Papers set at the Examination for Leaving Certificates, 1894
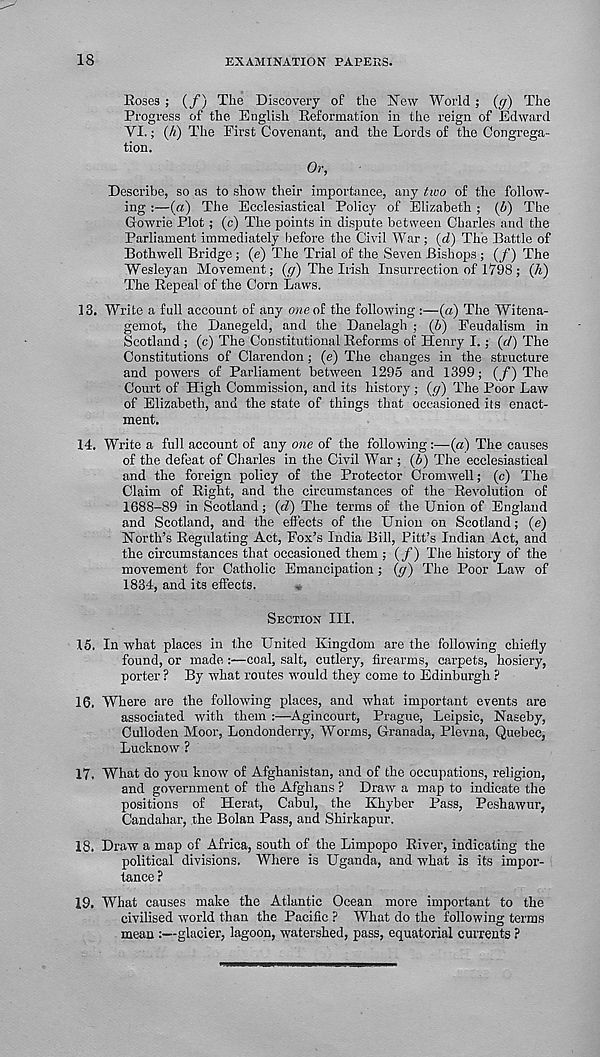
18
EXAMINATION PAPEES.
Eoses ; (/) The Discovery of the New World ; {cf) The
Progress of the English Eeformation in the reign of Edward
VI.; (A) The First Covenant, and the Lords of the Congrega-
tion.
Or,
Describe, so as to show their importance, any two of the follow-
ing :—(a) The Ecclesiastical Policy of Elizabeth ; (b) The
Growrie Plot; (c) The points in dispute between Charles and the
Parliament immediately before the Civil War; (d) The Battle of
Bothwell Bridge; (e) The Trial of the Seven Bishops ; (/) The
Wesleyan Movement; (y) The Irish Insurrection of 1798; (A)
The Repeal of the Corn Laws.
13. Write a full account of any o«eof the following :—(a) The Witena-
gemot, the Danegeld, and the Danelagh ; (6) Feudalism in
Scotland ; (c) The Constitutional Reforms of Henry I.; (d) The
Constitutions of Clarendon; (e) The changes in the structure
and powers of Parliament between 1295 and 1399; (/) The
Court of High Commission, and its history ; (ff) The Poor Law
of Elizabeth, and the state of things that occasioned its enact-
ment.
14. Write a full account of any one of the following ;—(a) The causes
of the defeat of Charles in the Civil War ; (b) The ecclesiastical
and the foreign policy of the Protector Cromwell; (c) The
Claim of Right, and the circumstances of the Revolution of
1688-89 in Scotland; (d) The terms of the Union of England
and Scotland, and the effects of the Union on Scotland; (e)
North’s Regulating Act, Fox’s India Bill, Pitt’s Indian Act, and
the circumstances that occasioned them ; (/) The history of the
movement for Catholic Emancipation; (</) The Poor Law of
1834, and its effects.
Section III.
15. In what places in the United Kingdom are the following chiefly
found, or made :—coal, salt, cutlery, firearms, carpets, hosiery,
porter ? By what routes would they come to Edinburgh ?
16. Where are the following places, and what important events are
associated with them :—Agincourt, Prague, Leipsic, Naseby,
Culloden Moor, Londonderry, Worms, Granada, Plevna, Quebec,
Lucknow ?
17. What do you know of Afghanistan, and of the occupations, religion,
and government of the Afghans ? Draw a map to indicate the
positions of Herat, Cabul, the Khyber Pass, Peshawur,
Candahar, the Bolan Pass, and Shirkapur.
18. Draw a map of Africa, south of the Limpopo River, indicating the
political divisions. Where is Uganda, and what is its impor-
tance ?
19. What causes make the Atlantic Ocean more important to the
civilised world than the Pacific ? What do the following terms
mean :—glacier, lagoon, watershed, pass, equatorial currents ?